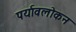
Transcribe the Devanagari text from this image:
पर्यावलोकन